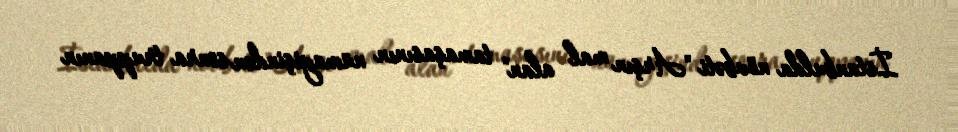
İstanbulda növbəti "Arşın mal alan" tamaşasının nümayişindən sonra truppanın